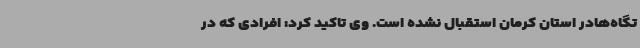
تگاه‌هادر استان کرمان استقبال نشده است. وی تاکید کرد: افرادی که در